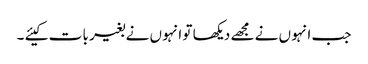
جب انہو ں نے مجھے دیکھا تو انہو ں نے بغیر با ت کیئے ۔